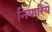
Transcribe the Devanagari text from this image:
नियारिये